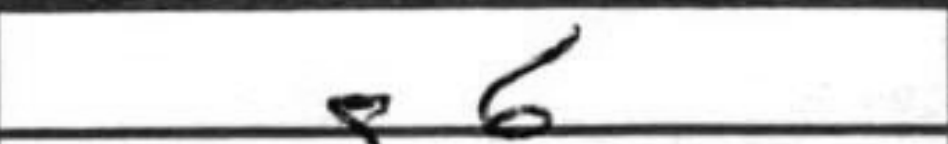
Transcription: g6